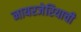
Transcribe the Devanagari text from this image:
नायरजेरियाची